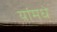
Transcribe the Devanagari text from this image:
यांमधे